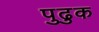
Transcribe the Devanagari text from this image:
पुढुक